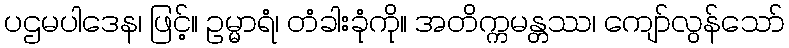
ပဌမပါဒေန၊ ဖြင့်။ ဥမ္မာရံ၊ တံခါးခုံကို။ အတိက္ကမန္တဿ၊ ကျော်လွန်သော်